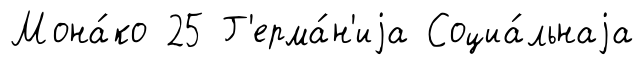
Мона́ко 25 Г'ерма́н'иjа Социа́льнаjа